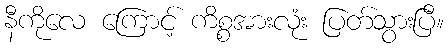
နီကိုလေ ကြောင့် ကိစ္စအားလုံး ပြတ်သွားပြီ။